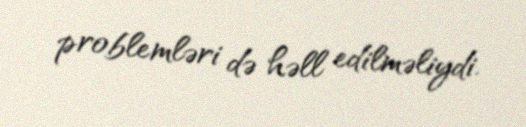
problemləri də həll edilməliydi.